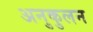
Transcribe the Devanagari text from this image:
अनुकुलन